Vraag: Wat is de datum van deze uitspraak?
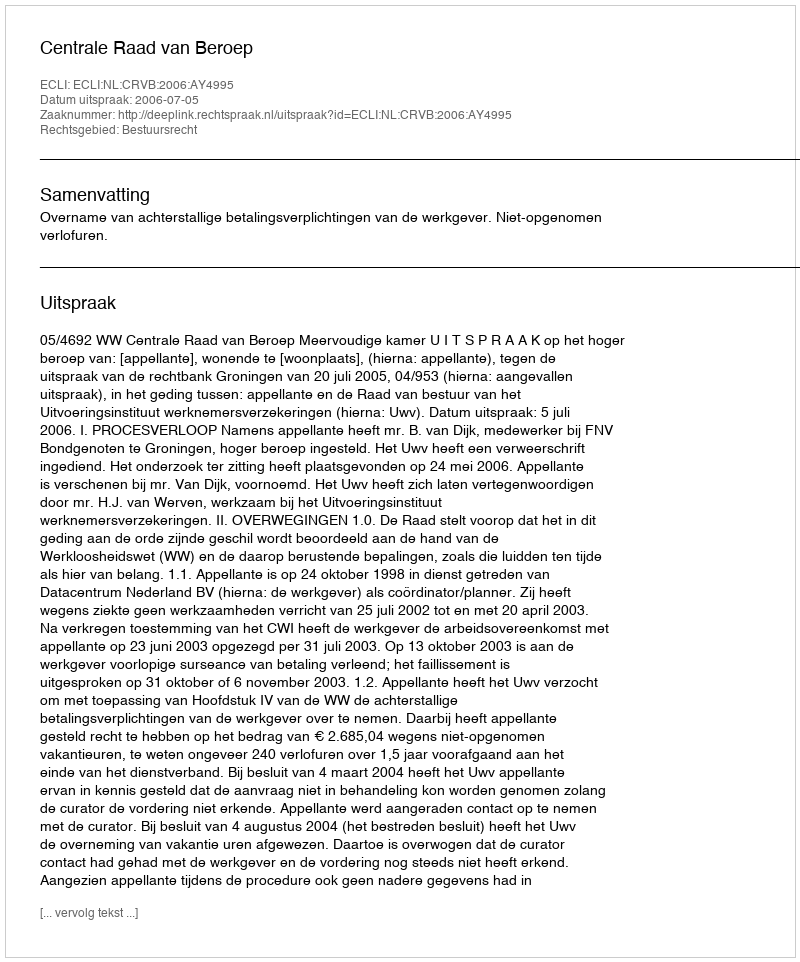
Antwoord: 2006-07-05